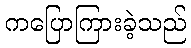
ကပြောကြားခဲ့သည်